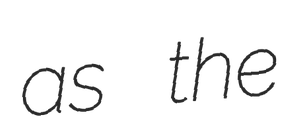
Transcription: as the